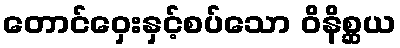
တောင်ဝှေးနှင့်စပ်သော ဝိနိစ္ဆယ